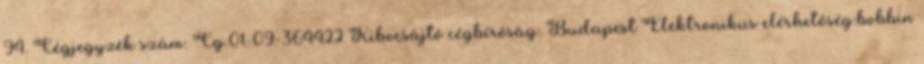
94. Cégjegyzék szám: Cg.01-09-364422 Kibocsájtó cégbíróság: Budapest Elektronikus elérhetőség:bobbin